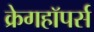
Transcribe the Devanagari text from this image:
क्रेगहॉपर्स